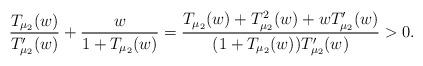
LaTeX: \begin{align*} \frac{T_{\mu_2}(w)}{T_{\mu_2}'(w)} + \frac{w}{1 + T_{\mu_2}(w)} = \frac{T_{\mu_2}(w) + T_{\mu_2}^2(w) + wT_{\mu_2}'(w)}{(1 + T_{\mu_2}(w)) T_{\mu_2}'(w)} > 0. \end{align*}